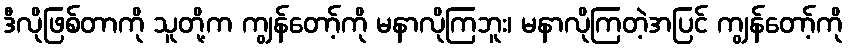
ဒီလိုဖြစ်တာကို သူတို့က ကျွန်တော့်ကို မနာလိုကြဘူး၊ မနာလိုကြတဲ့အပြင် ကျွန်တော့်ကို